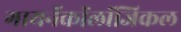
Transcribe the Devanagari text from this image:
गायनॅकॉलॉजिकल